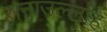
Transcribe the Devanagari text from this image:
सनाउल्‍लाह